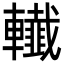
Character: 𨏓